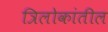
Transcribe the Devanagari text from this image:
त्रिलोकांतील